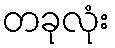
တခုလုံး